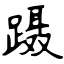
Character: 蹑